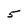
Character: 5